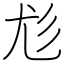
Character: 尨